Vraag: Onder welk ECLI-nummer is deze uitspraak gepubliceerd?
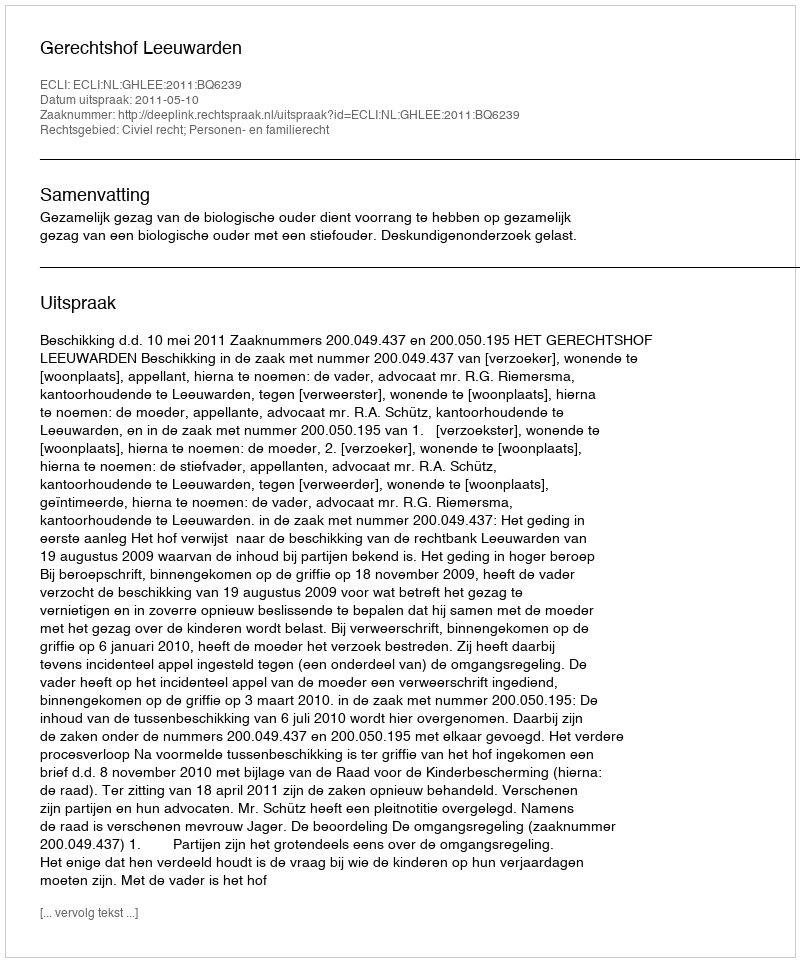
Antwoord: ECLI:NL:GHLEE:2011:BQ6239